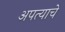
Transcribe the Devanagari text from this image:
अपत्याचे